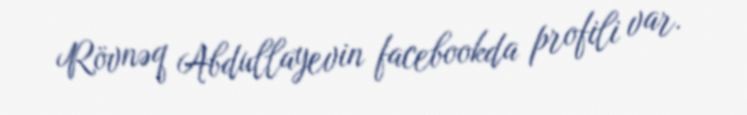
Rövnəq Abdullayevin facebookda profili var.